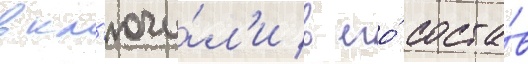
вкл'ючи́л'и в его́ соста́в